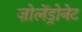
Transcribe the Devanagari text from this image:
ज़ोलेंड्रोनेट